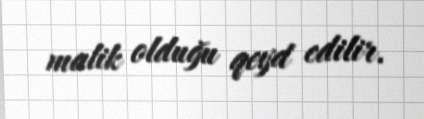
malik olduğu qeyd edilir.